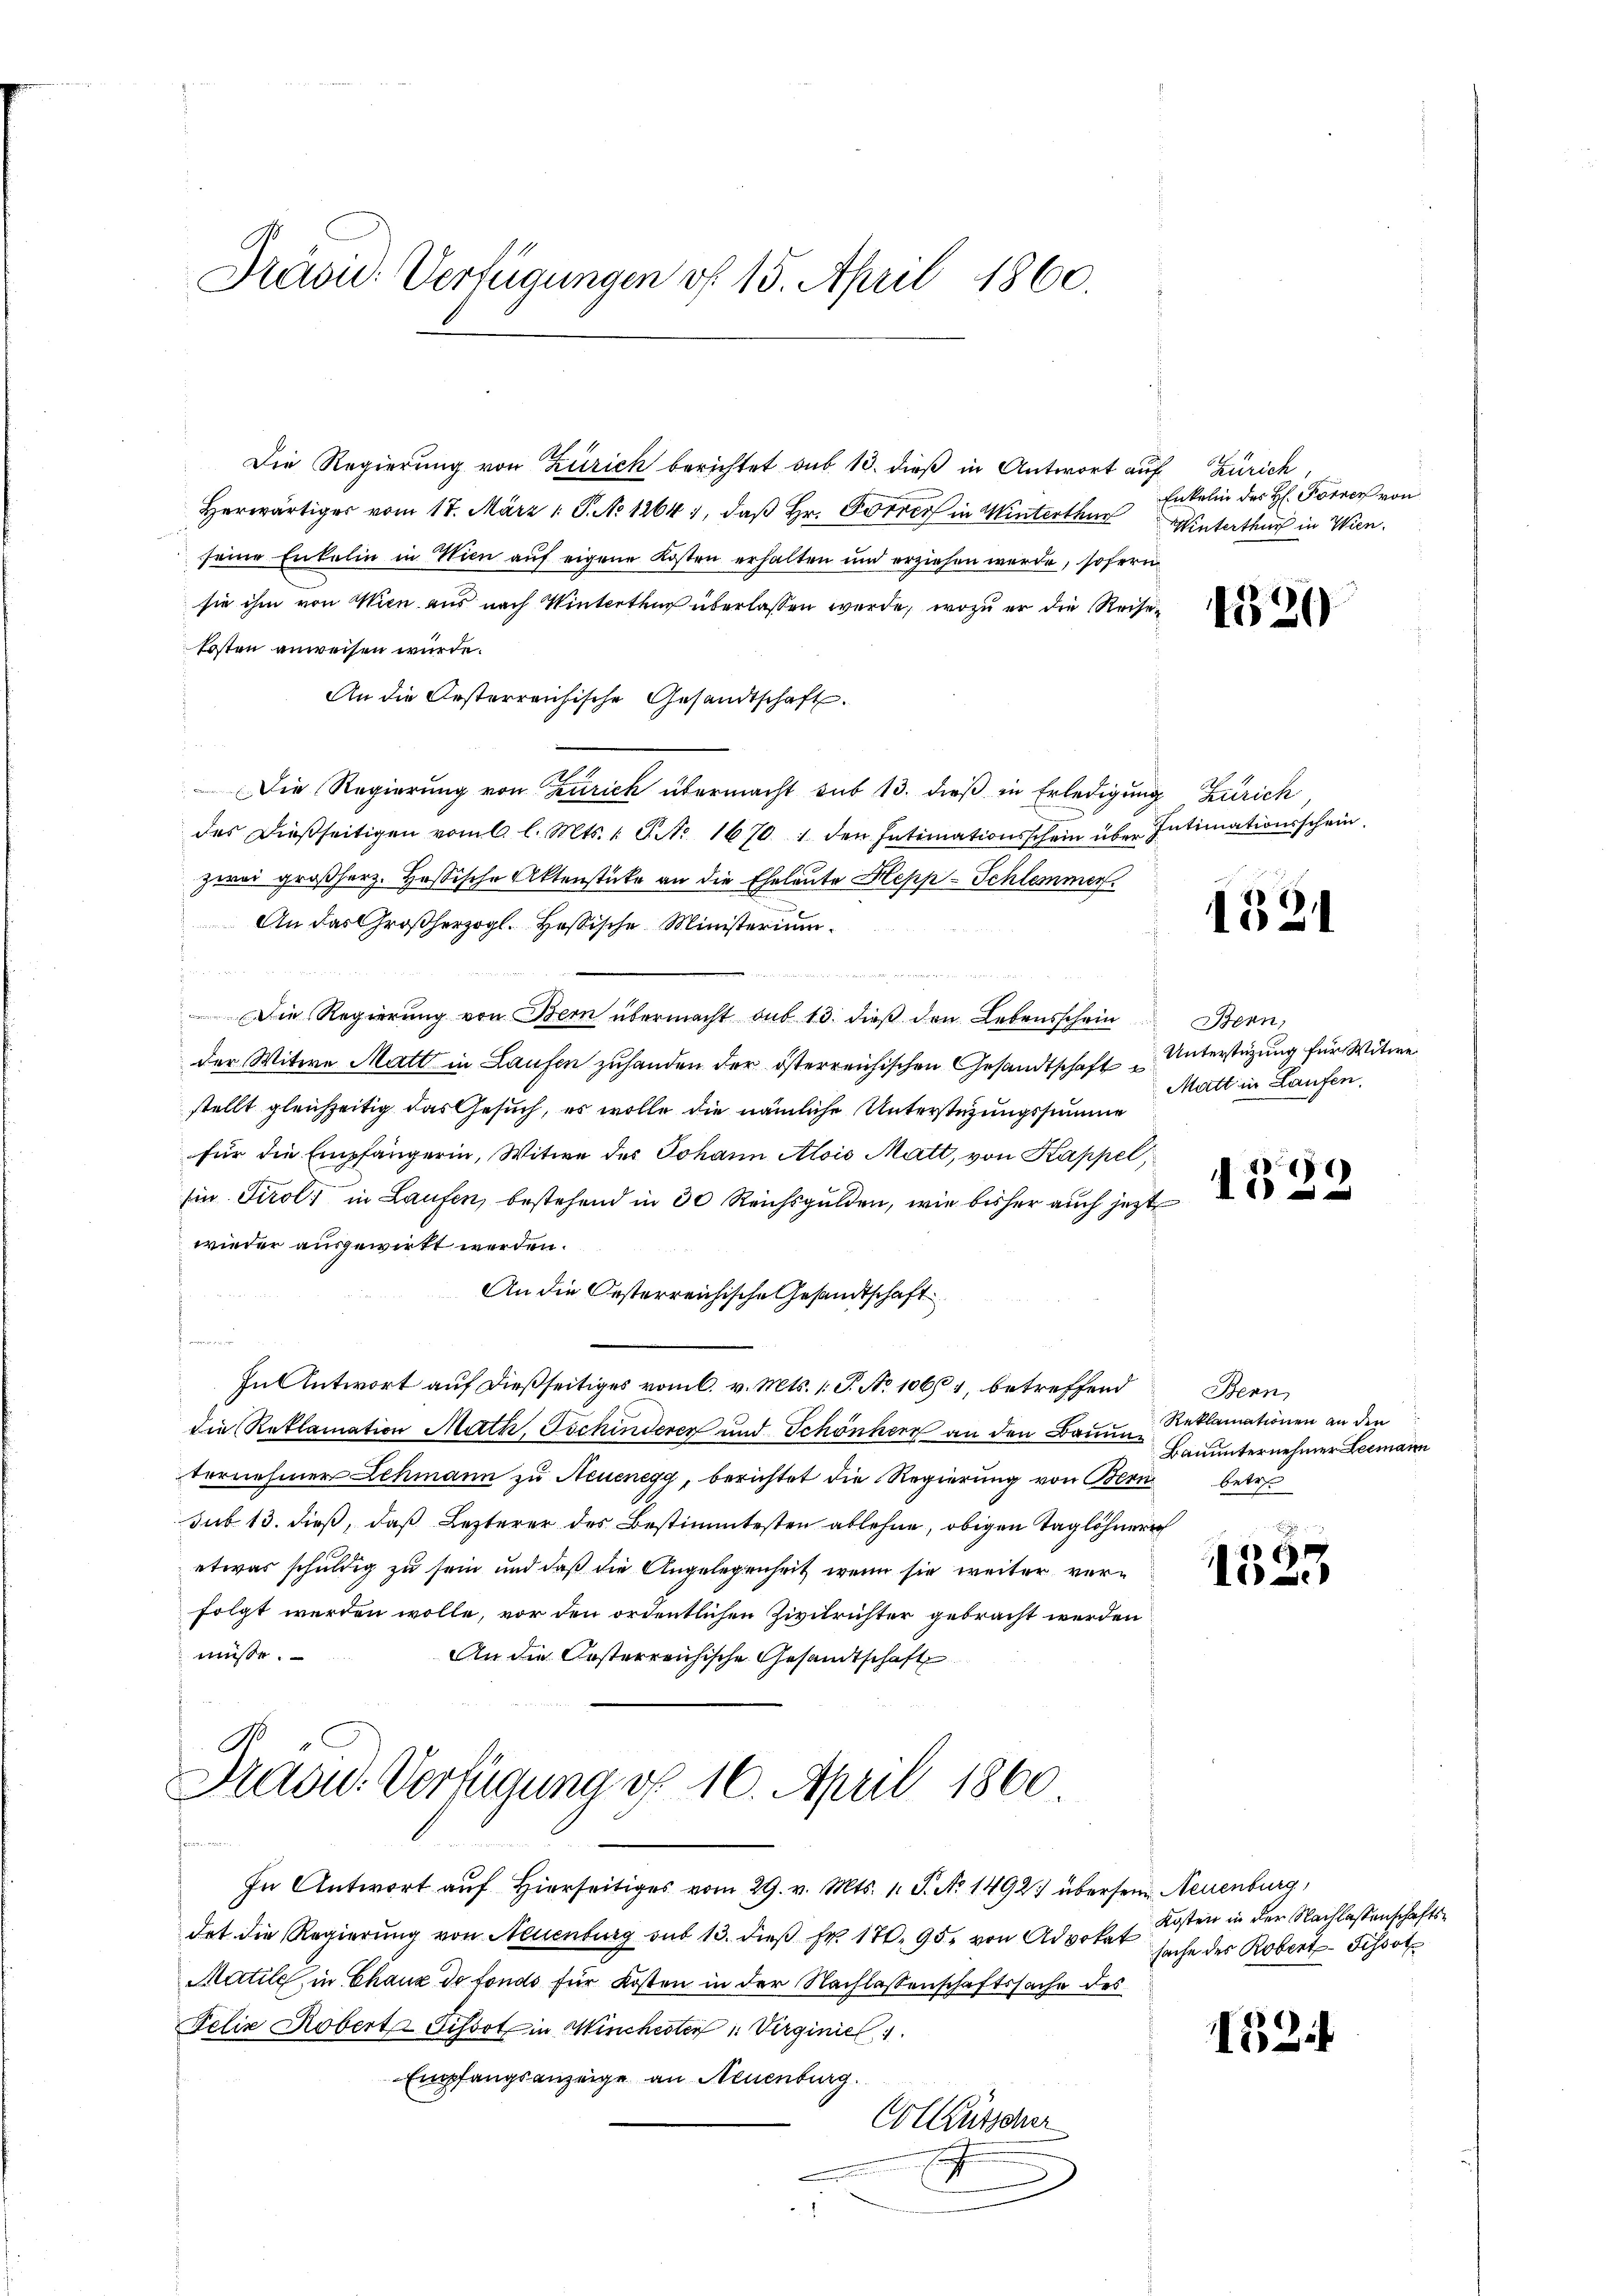
Dräs: Verfügungen vf 15. April 1860.

Die Regierung von Zürich berichtet sub 13. dieß in Antwort auf Zürich,
Herwärtiges vom 17. März 1. P. No 1264), daß Hr. Forrer in Winterthur Winterthur in Wien.
seine Enkelin in Wien auf eigene Kosten erhalten und erziehen werde, sofern
sie ihm von Wien aus nach Winterthur überlassen werde, wozu er die Reisen
kosten anweisen würde.
An die Oesterreichische Gesandtschaft.
Die Regierung von Zürich übermacht sub 13. dieß in Erledigung Zürich,
des dießseitigen vom 6. l. Mts. 1. J. A. 1670 1 den Intimationsschein über Intimationsschein,
zwei großherz. Hassische Aktenstücke an die Eheleute Hepp-Schlimmer
An das Großherzogl. Hassische Ministerium

u
s
Die Regierŭng von Bern übermacht sub 13. dieβ den Lebensschein Bern,
der Witwe Matt in Laufen zuhanden der österreichischen Gesandtschaft
stellt gleichzeitig das Gesuch, es wolle die nämliche Unterstüzungssumme
für die Empfängerin, Witwe des Johann Alois Matt, von Kappel
Ein Tirol, in Laufen, bestehend in 30 Reichsgulden, wie bisher auch jetzt
wieder ausgewirkt werden.
An die Oesterreichische Gesandtschaft
u
In Antwort auf dießseitiges vom 6. v. Mts. 1. P. No 10664, betreffend
die Reklamation Math, Tschinderer und Schönher an den Bauun
ternehmer Lehmann zu Neuenegg, berichtet die Regierung von Bern
sub 13. dieß, daß Lezterer des Bestimmtesten ablehne, obigen Taglöhner
etwas schuldig zu sein und daß die Angelegenheit, wenn sie weiter verfolgt werden wolle, vor den ordentlichen Zivilrichter gebracht werden
müsse.
An die Oesterreichische Gesandtschaft

Drasid. Verfügung v. 16. April 1860

In Antwort auf hierseitiges vom 29. v. Mts. 1. P. No. 1492) übersein Neuenburg,
det die Regierung von Neuenburg sub 13. dieβ fr. 170. 95. von Advokat
Matile, in Chaux de fondo für Kosten in der Nachlassenschaftssache des
Felix Kobert Pissot in Minchester  Virginie,
Empfangsanzeige an Neuenburg.
Colütscher
.

Enkelin des H. Forrer von

421

1321

Unterstüzung für Witwe
Matt in Laufen.

)
15

Benn
Reklamationen an den
Bauunternehmer Leemann
betre

n
E
e

324

Kosten in der Nachlassenschaftssache des Robert-Tissot